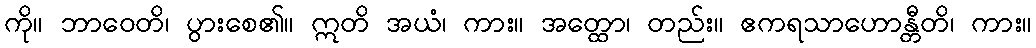
ကို။ ဘာဝေတိ၊ ပွားစေ၏။ ဣတိ အယံ၊ ကား။ အတ္ထော၊ တည်း။ ဧကရသာဟောန္တီတိ၊ ကား။